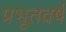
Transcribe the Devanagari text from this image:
प्रभूतवर्ष